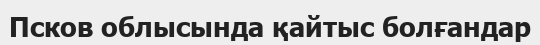
Псков облысында қайтыс болғандар